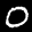
Label: 0